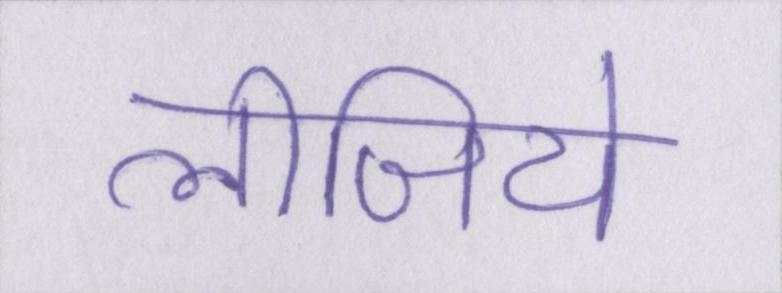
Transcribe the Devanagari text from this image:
लीजिये